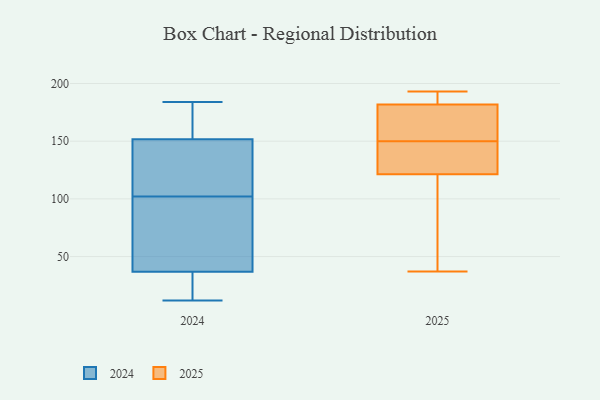
{"axis": {"x": "Inventory Turnover", "y": "Value"}, "legend": ["2024", "2025"], "data": [{"x": "", "y": 156, "type": "2025"}, {"x": "", "y": 137, "type": "2025"}, {"x": "", "y": 182, "type": "2025"}, {"x": "", "y": 193, "type": "2025"}, {"x": "", "y": 56, "type": "2025"}, {"x": "", "y": 37, "type": "2025"}, {"x": "", "y": 111, "type": "2025"}, {"x": "", "y": 116, "type": "2025"}, {"x": "", "y": 149, "type": "2025"}, {"x": "", "y": 191, "type": "2025"}, {"x": "", "y": 150, "type": "2025"}, {"x": "", "y": 158, "type": "2025"}, {"x": "", "y": 181, "type": "2025"}, {"x": "", "y": 140, "type": "2025"}, {"x": "", "y": 190, "type": "2025"}, {"x": "", "y": 184, "type": "2024"}, {"x": "", "y": 12, "type": "2024"}, {"x": "", "y": 102, "type": "2024"}, {"x": "", "y": 163, "type": "2024"}, {"x": "", "y": 174, "type": "2024"}, {"x": "", "y": 76, "type": "2024"}, {"x": "", "y": 129, "type": "2024"}, {"x": "", "y": 33, "type": "2024"}, {"x": "", "y": 148, "type": "2024"}, {"x": "", "y": 123, "type": "2024"}, {"x": "", "y": 38, "type": "2024"}, {"x": "", "y": 18, "type": "2024"}, {"x": "", "y": 92, "type": "2024"}]}